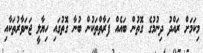
މިކަމަށް ރައްދު ދިނުމުގެ ގޮތުން ބައެއް ފަރާތްތަކުން ބުނާ ގޮތުގައި ހިޔާލީ ޖަނަވާރުތަކާއި